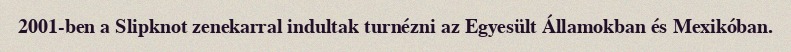
2001-ben a Slipknot zenekarral indultak turnézni az Egyesült Államokban és Mexikóban.